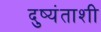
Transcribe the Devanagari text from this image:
दुष्यंताशी